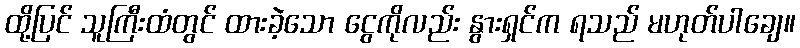
ထို့ပြင် သူကြီးထံတွင် ထားခဲ့သော ငွေကိုလည်း နွားရှင်က ရသည် မဟုတ်ပါချေ။